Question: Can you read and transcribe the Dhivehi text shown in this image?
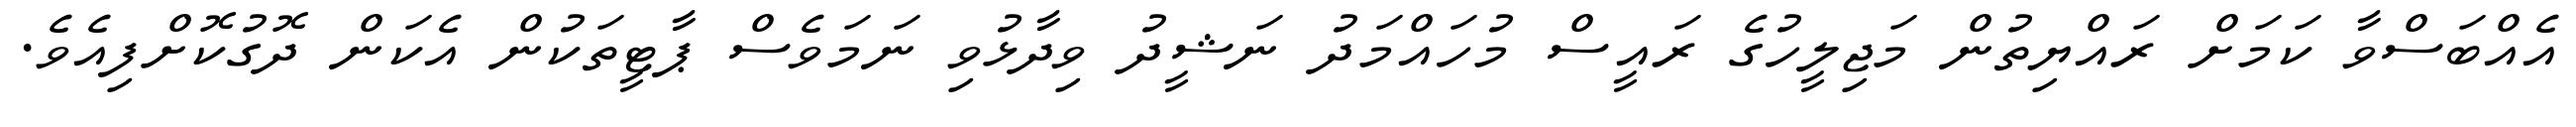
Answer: އެއްބަސްވާ ކަމަށް ރައްޔިތުން މަޖިލީހުގެ ރައީސް މުހައްމަދު ނަޝީދު ވިދާޅުވި ނަމަވެސް ޕާޓީތަކުން އެކަން ދޮގުކޮށްފިއެވެ.